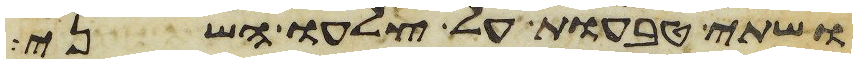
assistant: ושתי טבעות על צלעו השני